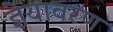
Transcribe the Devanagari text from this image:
ज्ञेयावरण